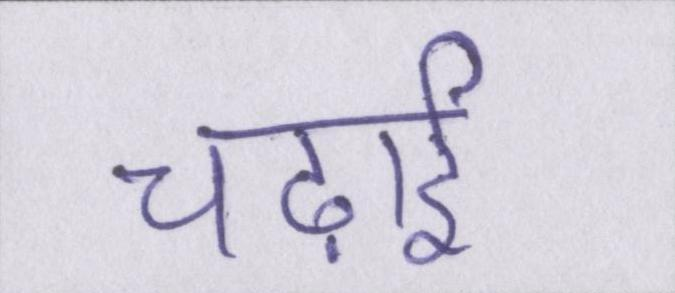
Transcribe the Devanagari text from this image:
चढ़ाई